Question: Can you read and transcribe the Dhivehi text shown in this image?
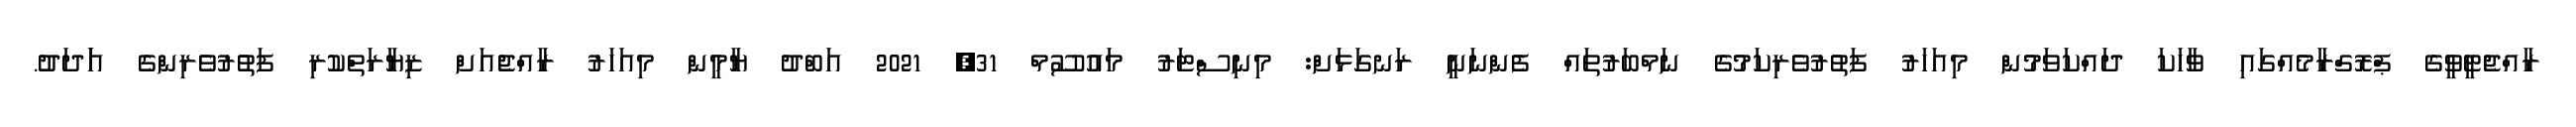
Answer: ރާއްޖެޓީވީގެ ޕްރޮގްރާމެއްގައި ވާހަކަ ދައްކަވަމުން މިއަހަރު ފަތުރުވެރިކަމުގެ ނަމްބަރުތައް ފެންނަނީ ރަނގަޅަށް: މިނިސްޓަރު މައުސޫމް 31, 2021 އަބްދު ޔާމީން މިއަހަރު ރާއްޖެއަށް ޒިޔާރަތްކުރި ފަތުރުވެރިންގެ އަަދަދު.